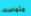
متماسك